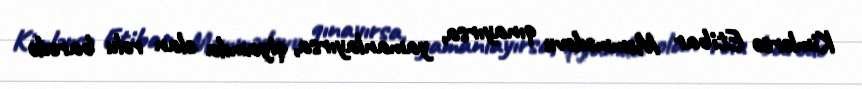
Kimlərsə Etibar Məmmədovu qınayırsa, yamanlayırsa, qiyamda olan rolu barədə